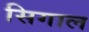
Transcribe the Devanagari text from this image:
सिगाल